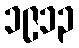
၁၉၁၃